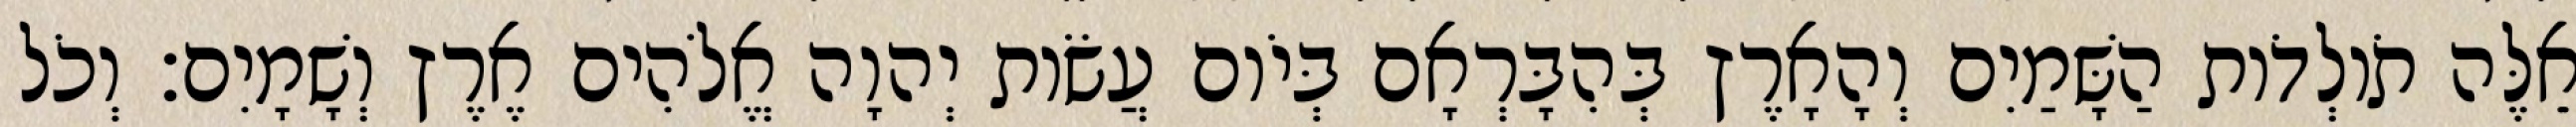
אֵלֶּה תֹולְדֹות הַשָּׁמַיִם וְהָאָרֶץ בְּהִבָּרְאָם בְּיֹום עֲשֹׂות יְהוָה אֱלֹהִים אֶרֶץ וְשָׁמָיִם׃ וְכֹל